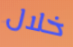
خلال